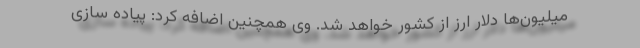
میلیون‌ها دلار ارز از کشور خواهد شد. وی همچنین اضافه کرد: پیاده سازی